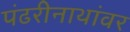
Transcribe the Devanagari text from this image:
पंढरीनाथांवर